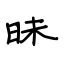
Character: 昧